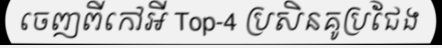
ចេញពីកៅអី Top-4 ប្រសិនគូប្រជែង